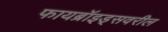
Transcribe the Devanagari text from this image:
फायब्रॉइड्‌सवरील